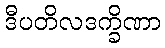
ဒီပတိလဒက္ခိဏာ